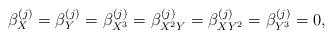
LaTeX: \begin{align*}\beta^{(j)}_X=\beta^{(j)}_Y=\beta^{(j)}_{X^3}=\beta^{(j)}_{X^2Y}=\beta^{(j)}_{XY^2}=\beta^{(j)}_{Y^3}=0,\end{align*}